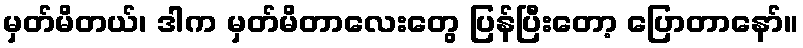
မှတ်မိတယ်၊ ဒါက မှတ်မိတာလေးတွေ ပြန်ပြီးတော့ ပြောတာနော်။